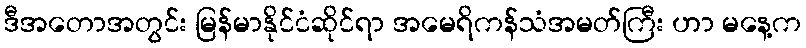
ဒီအတောအတွင်း မြန်မာနိုင်ငံဆိုင်ရာ အမေရိကန်သံအမတ်ကြီး ဟာ မနေ့က